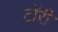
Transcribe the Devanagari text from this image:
टॉरी